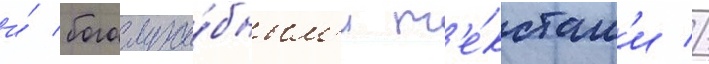
и́ богослуже́бным'и т'е́кстам'и //